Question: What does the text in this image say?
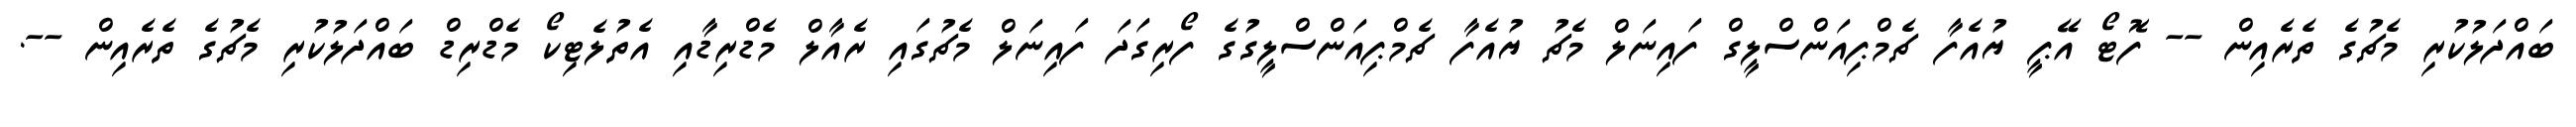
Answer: ބައްދަލުކުރި މެޗުގެ ތެރެއިން -- ފޮޓޯ އޭޕީ ޔުއެފާ ޗެމްޕިއަންސްލީގް ފައިނަލް މެޗު ޔުއެފާ ޗެމްޕިއަންސްލީގުގެ ފޯރިގަދަ ފައިނަލް މެޗުގައި ރެއާލް މެޑްރިޑާއި އެތުލެޓިކޯ މެޑްރިޑް ބައްދަލުކުރި މެޗުގެ ތެރެއިން --.